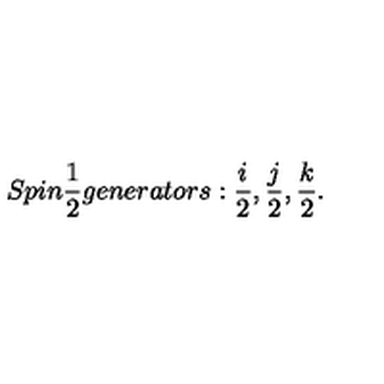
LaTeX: S p i n \frac { 1 } { 2 } g e n e r a t o r s : \frac { i } { 2 } , \frac { j } { 2 } , \frac { k } { 2 } .